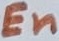
Text: En